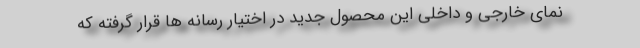
نمای خارجی و داخلی این محصول جدید در اختیار رسانه ها قرار گرفته که